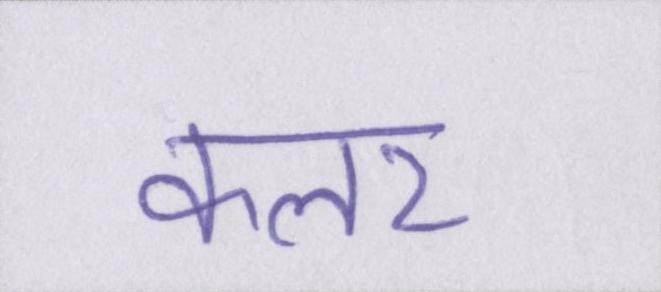
कलर